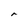
Character: r